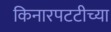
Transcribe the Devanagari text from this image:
किनारपटटीच्या